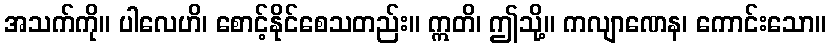
အသက်ကို။ ပါလေဟိ၊ စောင့်နိုင်စေသတည်း။ ဣတိ၊ ဤသို့။ ကလျာဏေန၊ ကောင်းသော။